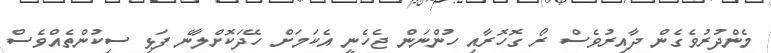
މެންދުރުވެގެން ދާއިރުވެސް ރޯ ގޮހޮރާއި ހުންނަން ޖެހެނީ އެކަމަށް ހޭދަކޮށްލާނެ ފަޅި ސިކުންތެއްވެސް